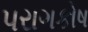
પરાગકોષ